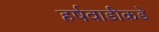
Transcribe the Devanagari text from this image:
हर्षवाडीकडे